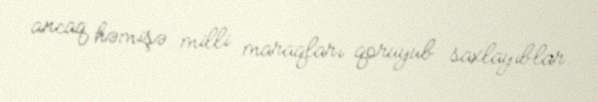
ancaq həmişə milli maraqları qoruyub saxlayıblar.